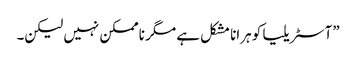
”آسٹریلیا کو ہرانا مشکل ہے مگر ناممکن نہیں لیکن۔